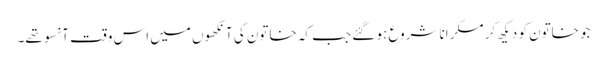
جو خاتون کو دیکھ کر مسکرانا شروع ہو گئے جب کہ خاتون کی آنکھوں میں اس وقت آنسو تھے۔